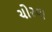
ચોરવા